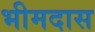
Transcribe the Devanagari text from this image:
भीमदास